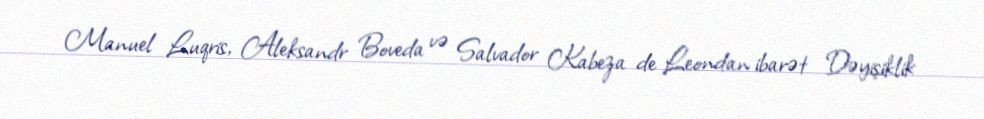
Manuel Luqris, Aleksandr Boveda və Salvador Kabeza de Leondan ibarət Dəyişiklik